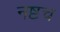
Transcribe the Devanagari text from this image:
नष्टच